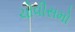
ચોવીસમો